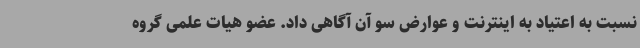
نسبت به اعتیاد به اینترنت و عوارض سو آن آگاهی داد. عضو هیات علمی گروه